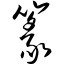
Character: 篆